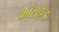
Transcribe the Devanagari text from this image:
क्रॉसहेच्ड